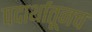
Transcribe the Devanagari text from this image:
पदार्थातूनच